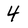
Character: 4